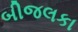
બીજલકા